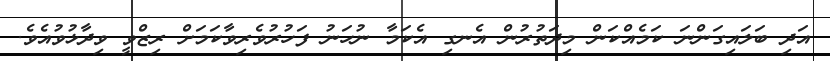
އަދި ބަލައިގަންނަ ކަމެއްކަން މިދަތުރުން އެނގި އެކަމާ ނުހަނު ފަހުރުވެރިވާކަމަށް ރިޒްވީ ވިދާޅުވުއެވެ.